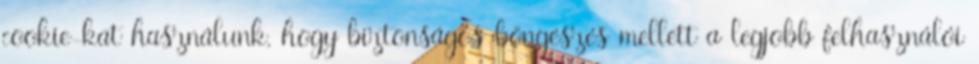
cookie-kat használunk, hogy biztonságos böngészés mellett a legjobb felhasználói